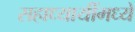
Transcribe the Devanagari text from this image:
सहाध्यायींमध्ये